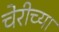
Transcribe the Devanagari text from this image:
चेरीच्या